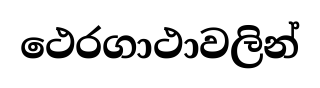
ථෙරගාථාවලින්